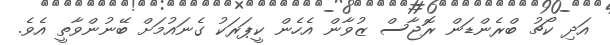
އަދި ކޯޗު ބްރެންޑަން ރޮޖާސް ޒުވާން އެހެން ކީޕަރަކު ގެނައުމަށް ބޭނުންވާތީ އެވެ.